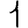
Digit: 1